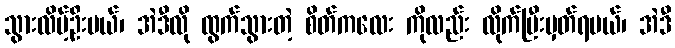
သွားလိမ့်ဦးမယ်၊ အဲဒီလို ထွက်သွားတဲ့ စိတ်ကလေး ကိုလည်း လိုက်ပြီးမှတ်ရမယ်၊ အဲဒီ